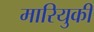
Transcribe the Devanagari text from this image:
मारियुकी